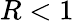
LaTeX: R<1